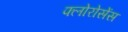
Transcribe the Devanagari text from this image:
फ्लोरोसेंस